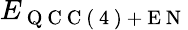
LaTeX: E_{\mathrm{~Q~C~C~(~4~)~+~E~N~}}